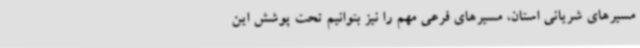
مسیرهای شریانی استان، مسیرهای فرعی مهم را نیز بتوانیم تحت پوشش این